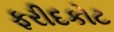
ફરીદકોટ